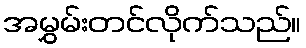
အမွှမ်းတင်လိုက်သည်။